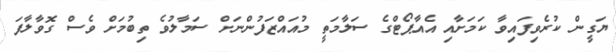
ޔަގީން ކުރެވިފައިވާ ކަމަށާއި އެއާޕޯޓްގެ ސަލާމަތީ މުއައްޒަފުންނަށް ސަމާލުވެ ތިބުމަށް ވެސް ގޮވާލާފަ